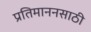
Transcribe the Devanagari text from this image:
प्रतिमाननसाठी